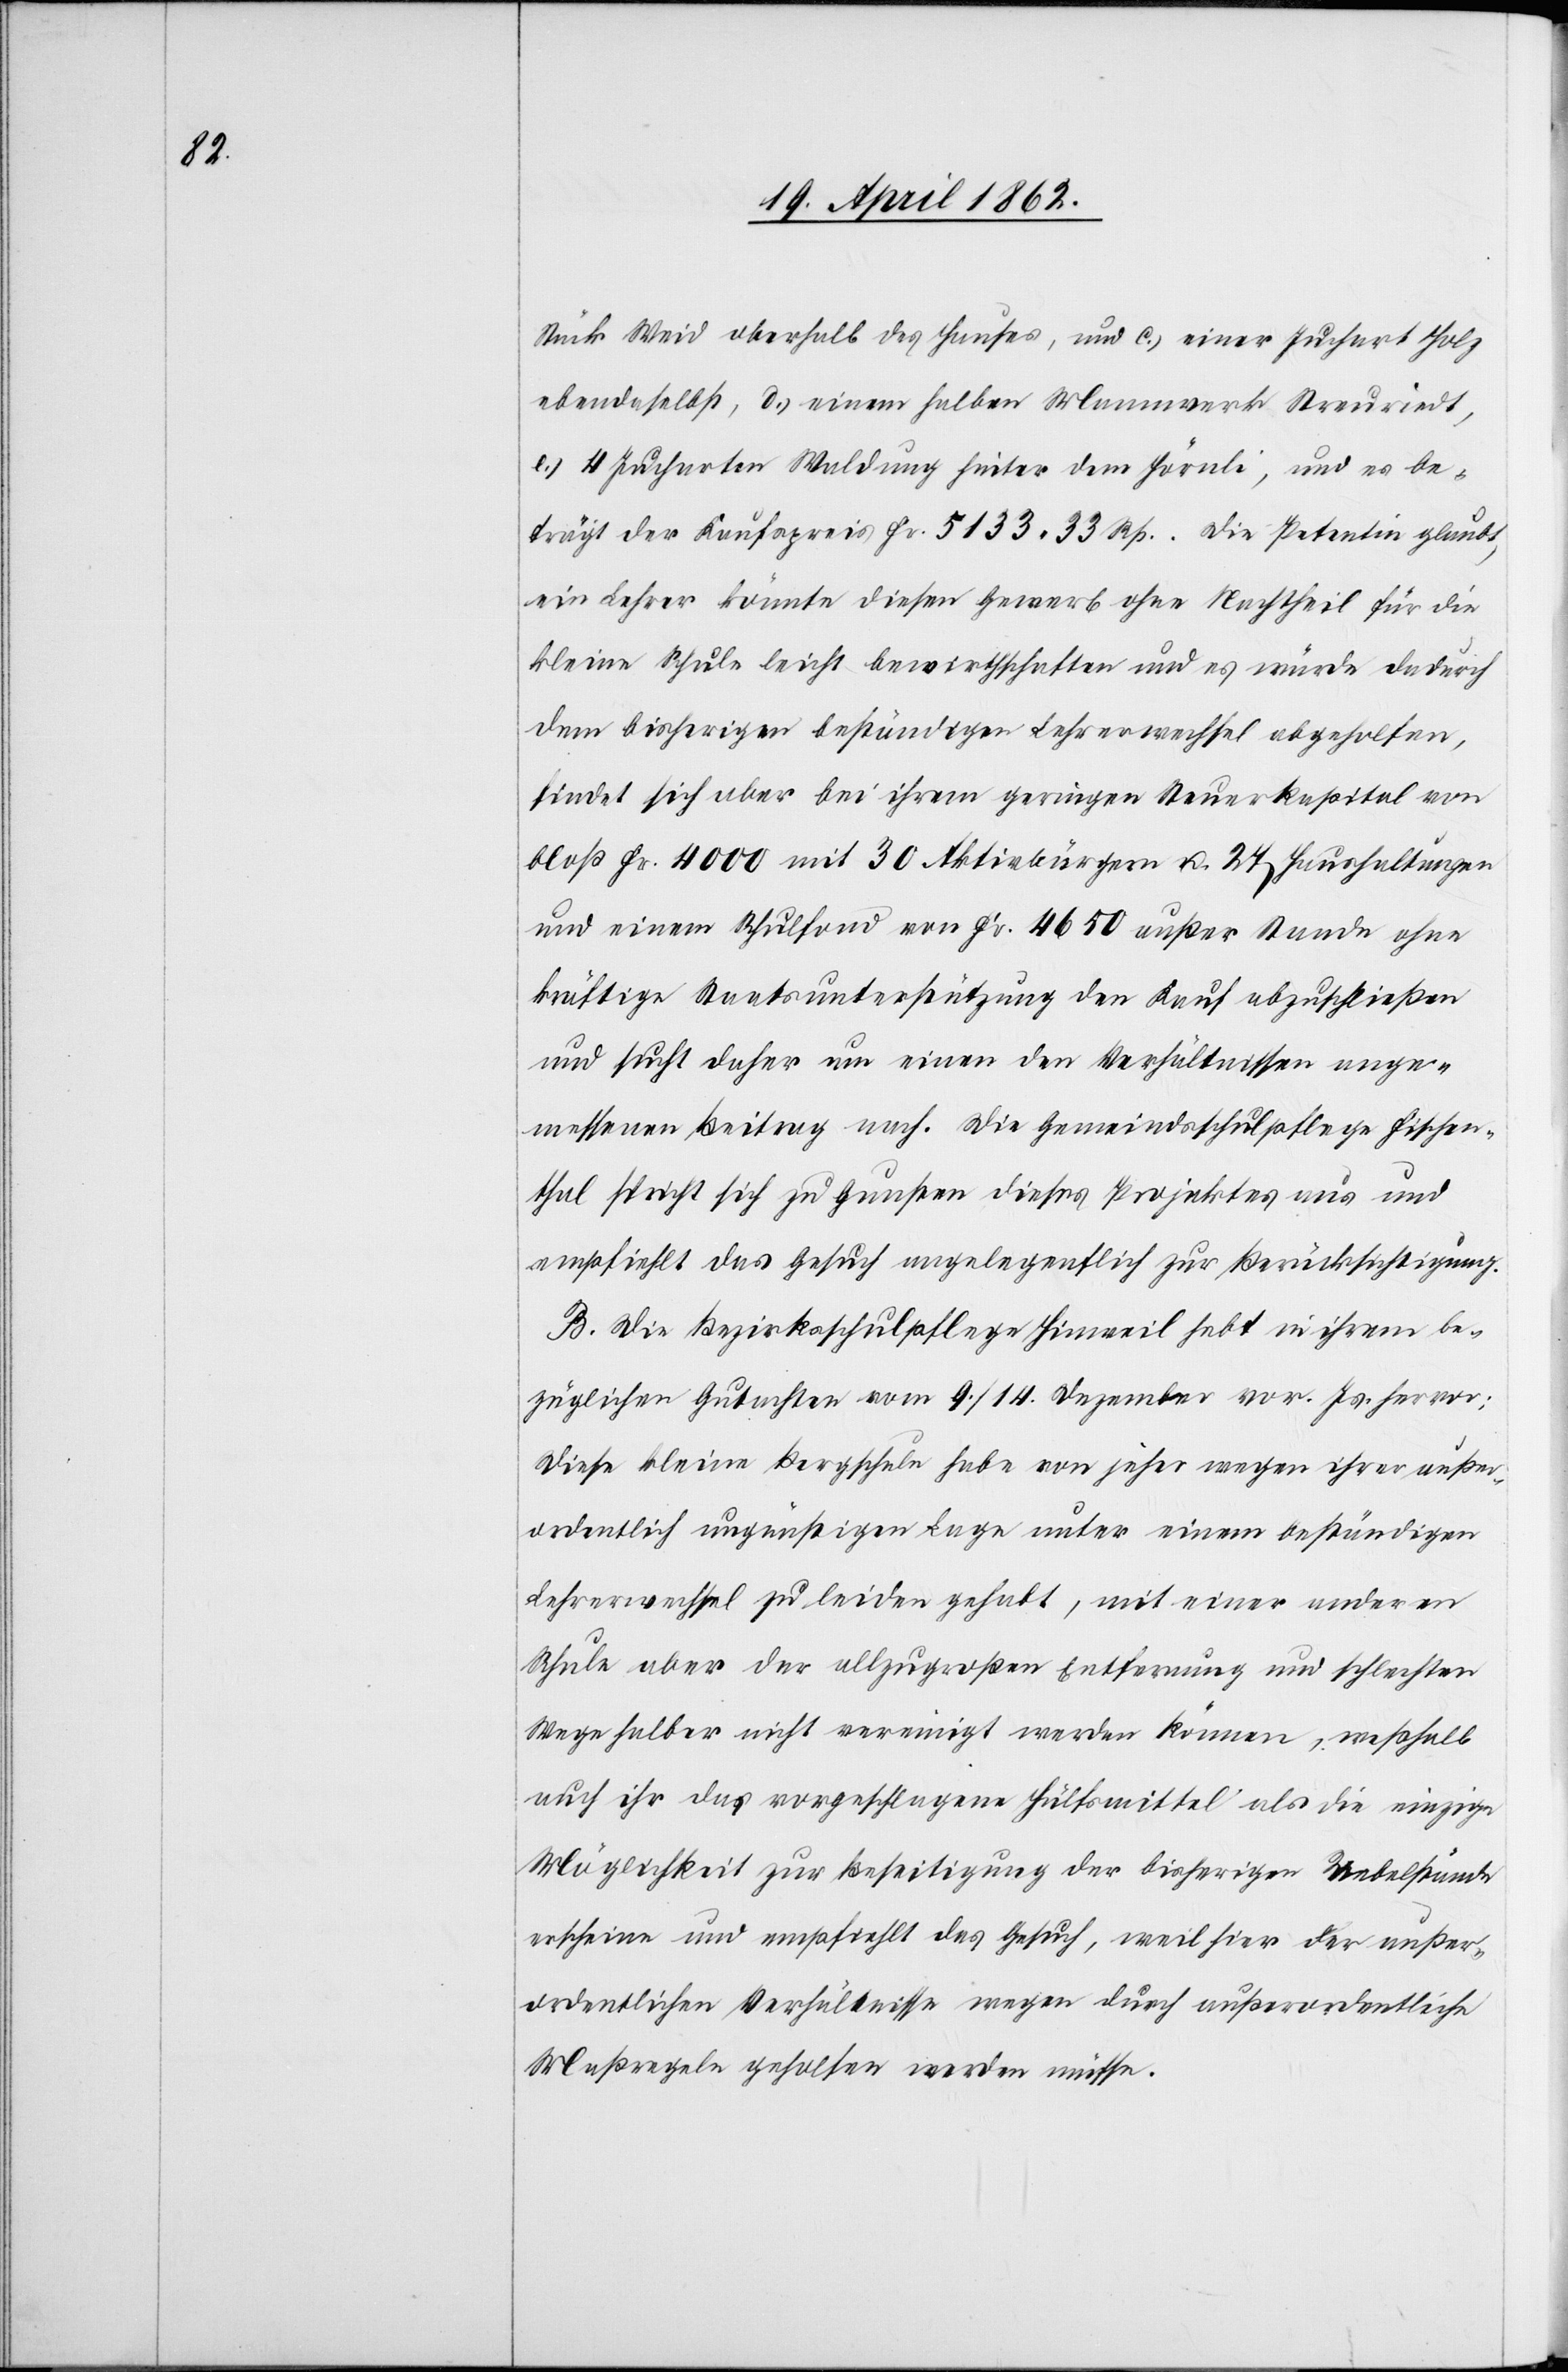
Stück Weid oberhalb des Hauses, und c) einer Juchart Holz
ebendaselbst, d) einem halben Mannwerk Streuriedt,
e) 4 Jucharten Waldung hinter dem Hörnli, und es be¬
trägt der Kaufspreis Fr. 5133 33 Rp. Die Petentin glaubt,
ein Lehrer könnte diesen Gewerb ohne Nachtheil für die
kleine Schule leicht bewirthschaften und es würde dadurch
dem bisherigen beständigen Lehrerwechsel abgeholfen,
findet sich aber bei ihrem geringen Steuerkapital von
bloß Fr. 4000 mit 30 Aktivbürgern u. 27 Haushaltungen
und einem Schulfond von Fr. 4650 außer Stande ohne
kräftige Staatsunterstützung den Kauf abzuschließen
und sucht daher um einen den Verhältnissen ange¬
messenen Beitrag nach. Die Gemeindsschulpflege Fischen¬
thal spricht sich zu Gunsten dieses Projektes aus und
empfiehlt das Gesuch angelegentlich zur Berücksichtigung.
B. Die Bezirksschulpflege Hinweil hebt in ihrem be¬
züglichen Gutachten vom 9./14. Dezember vor. Js. hervor:
Diese kleine Bergschule habe von jeher wegen ihrer außer¬
ordentlich ungünstigen Lage unter einem beständigen
Lehrerwechsel zu leiden gehabt, mit einer anderen
Schule aber der allzugroßen Entfernung und schlechten
Wege halber nicht vereinigt werden können, weßhalb
auch ihr das vorgeschlagene Hülfsmittel als die einzige
Möglichkeit zur Beseitigung der bisherigen Uebelstände
erscheine und empfiehlt das Gesuch, weil hier der außer¬
ordentlichen Verhältnisse wegen durch außerordentliche
Maßregeln geholfen werden müsse.